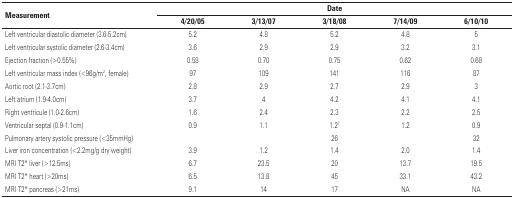
<table><thead><tr><td rowspan="2"><b>Measurement</b></td><td colspan="5"><b>Date</b></td></tr><tr><td><b>4/20/05</b></td><td><b>3/13/07</b></td><td><b>3/18/08</b></td><td><b>7/14/09</b></td><td><b>6/10/10</b></td></tr></thead><tbody><tr><td>Left ventricular diastolic diameter (3.6–5.2cm)</td><td>5.2</td><td>4.8</td><td>5.2</td><td>4.8</td><td>5</td></tr><tr><td>Left ventricular systolic diameter (2.6–3.4cm)</td><td>3.6</td><td>2.9</td><td>2.9</td><td>3.2</td><td>3.1</td></tr><tr><td>Ejection fraction (&gt;0.55%)</td><td>0.58</td><td>0.70</td><td>0.75</td><td>0.62</td><td>0.68</td></tr><tr><td>Left ventricular mass index (&lt;96g/m<sup>2</sup>, female)</td><td>97</td><td>109</td><td>141</td><td>116</td><td>87</td></tr><tr><td>Aortic root (2.1–3.7cm)</td><td>2.8</td><td>2.9</td><td>2.7</td><td>2.9</td><td>3</td></tr><tr><td>Left atrium (1.9–4.0cm)</td><td>3.7</td><td>4</td><td>4.2</td><td>4.1</td><td>4.1</td></tr><tr><td>Right ventricule (1.0–2.6cm)</td><td>1.6</td><td>2.4</td><td>2.3</td><td>2.2</td><td>2.5</td></tr><tr><td>Ventricular septal (0.9–1.1cm)</td><td>0.9</td><td>1.1</td><td>1.2†</td><td>1.2</td><td>0.9</td></tr><tr><td>Pulmonary artery systolic pressure (&lt;35mmHg)</td><td></td><td></td><td>26</td><td></td><td>32</td></tr><tr><td>Liver iron concentration (&lt;2.2mg/g dry weight)</td><td>3.9</td><td>1.2</td><td>1.4</td><td>2.0</td><td>1.4</td></tr><tr><td>MRI T2* liver (&gt;12.5ms)</td><td>6.7</td><td>23.5</td><td>20</td><td>13.7</td><td>19.5</td></tr><tr><td>MRI T2* heart (&gt;20ms)</td><td>6.5</td><td>13.8</td><td>45</td><td>33.1</td><td>43.2</td></tr><tr><td>MRI T2* pancreas (&gt;21ms)</td><td>9.1</td><td>14</td><td>17</td><td>NA</td><td>NA</td></tr></tbody></table>